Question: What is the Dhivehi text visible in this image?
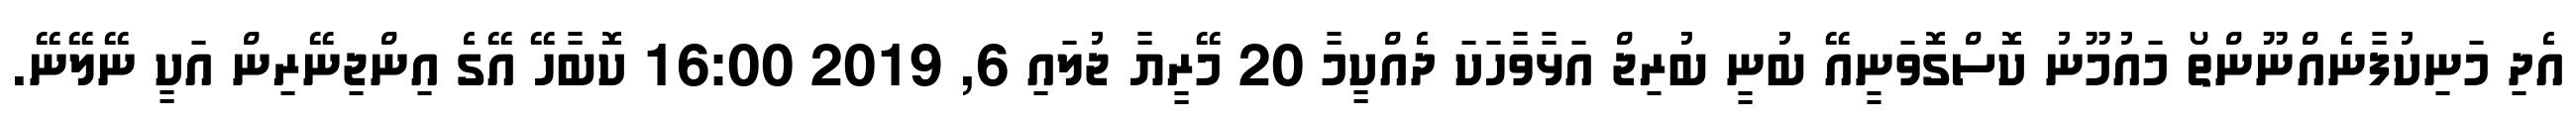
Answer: އެދި މަނިކުފާނެއްނޫންތޯ މައުމޫނު ކޮސްގޮވަނީއޭ ބުނީ ބުރިޖް އަޅާވާހަކަ ދެއްކީމާ 20 މޭރީޔާ ޖުލައި 6, 2019 16:00 ކޮބާހޭ އޭގެ އިންޖިނޭރިން އަކީ ނޭލޭނޭ.